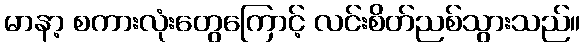
မာနာ့ စကားလုံးတွေကြောင့် လင်းစိတ်ညစ်သွားသည်။